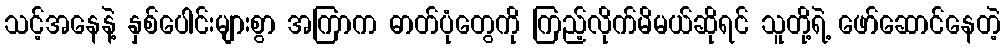
သင့်အနေနဲ့ နှစ်ပေါင်းများစွာ အကြာက ဓာတ်ပုံတွေကို ကြည့်လိုက်မိမယ်ဆိုရင် သူတို့ရဲ့ ဖော်ဆောင်နေတဲ့